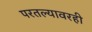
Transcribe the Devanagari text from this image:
परतल्यावरही